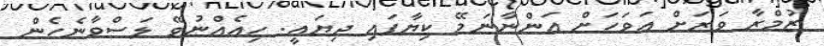
ޒުމްރާ ވަރަށް އަވަހަށް އަންނާނަމޭ ކިޔާފައި ދިޔައީ. ހިއެއްނުވޭ ލަސްވާނެހެން